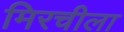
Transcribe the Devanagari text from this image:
मिरचीला